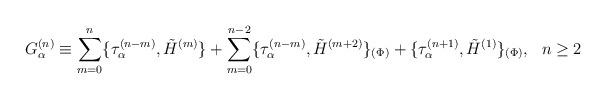
LaTeX: \begin{align*}G_\alpha^{(n)} \equiv \sum_{m=0}^n\{\tau_\alpha^{(n-m)}, \tilde H^{(m)}\} + \sum_{m=0}^{n-2}\{\tau_\alpha^{(n-m)}, \tilde H^{(m+2)}\}_{(\Phi)} + \{\tau_\alpha^{(n+1)}, \tilde H^{(1)}\}_{(\Phi)},~~n\geq 2 \end{align*}